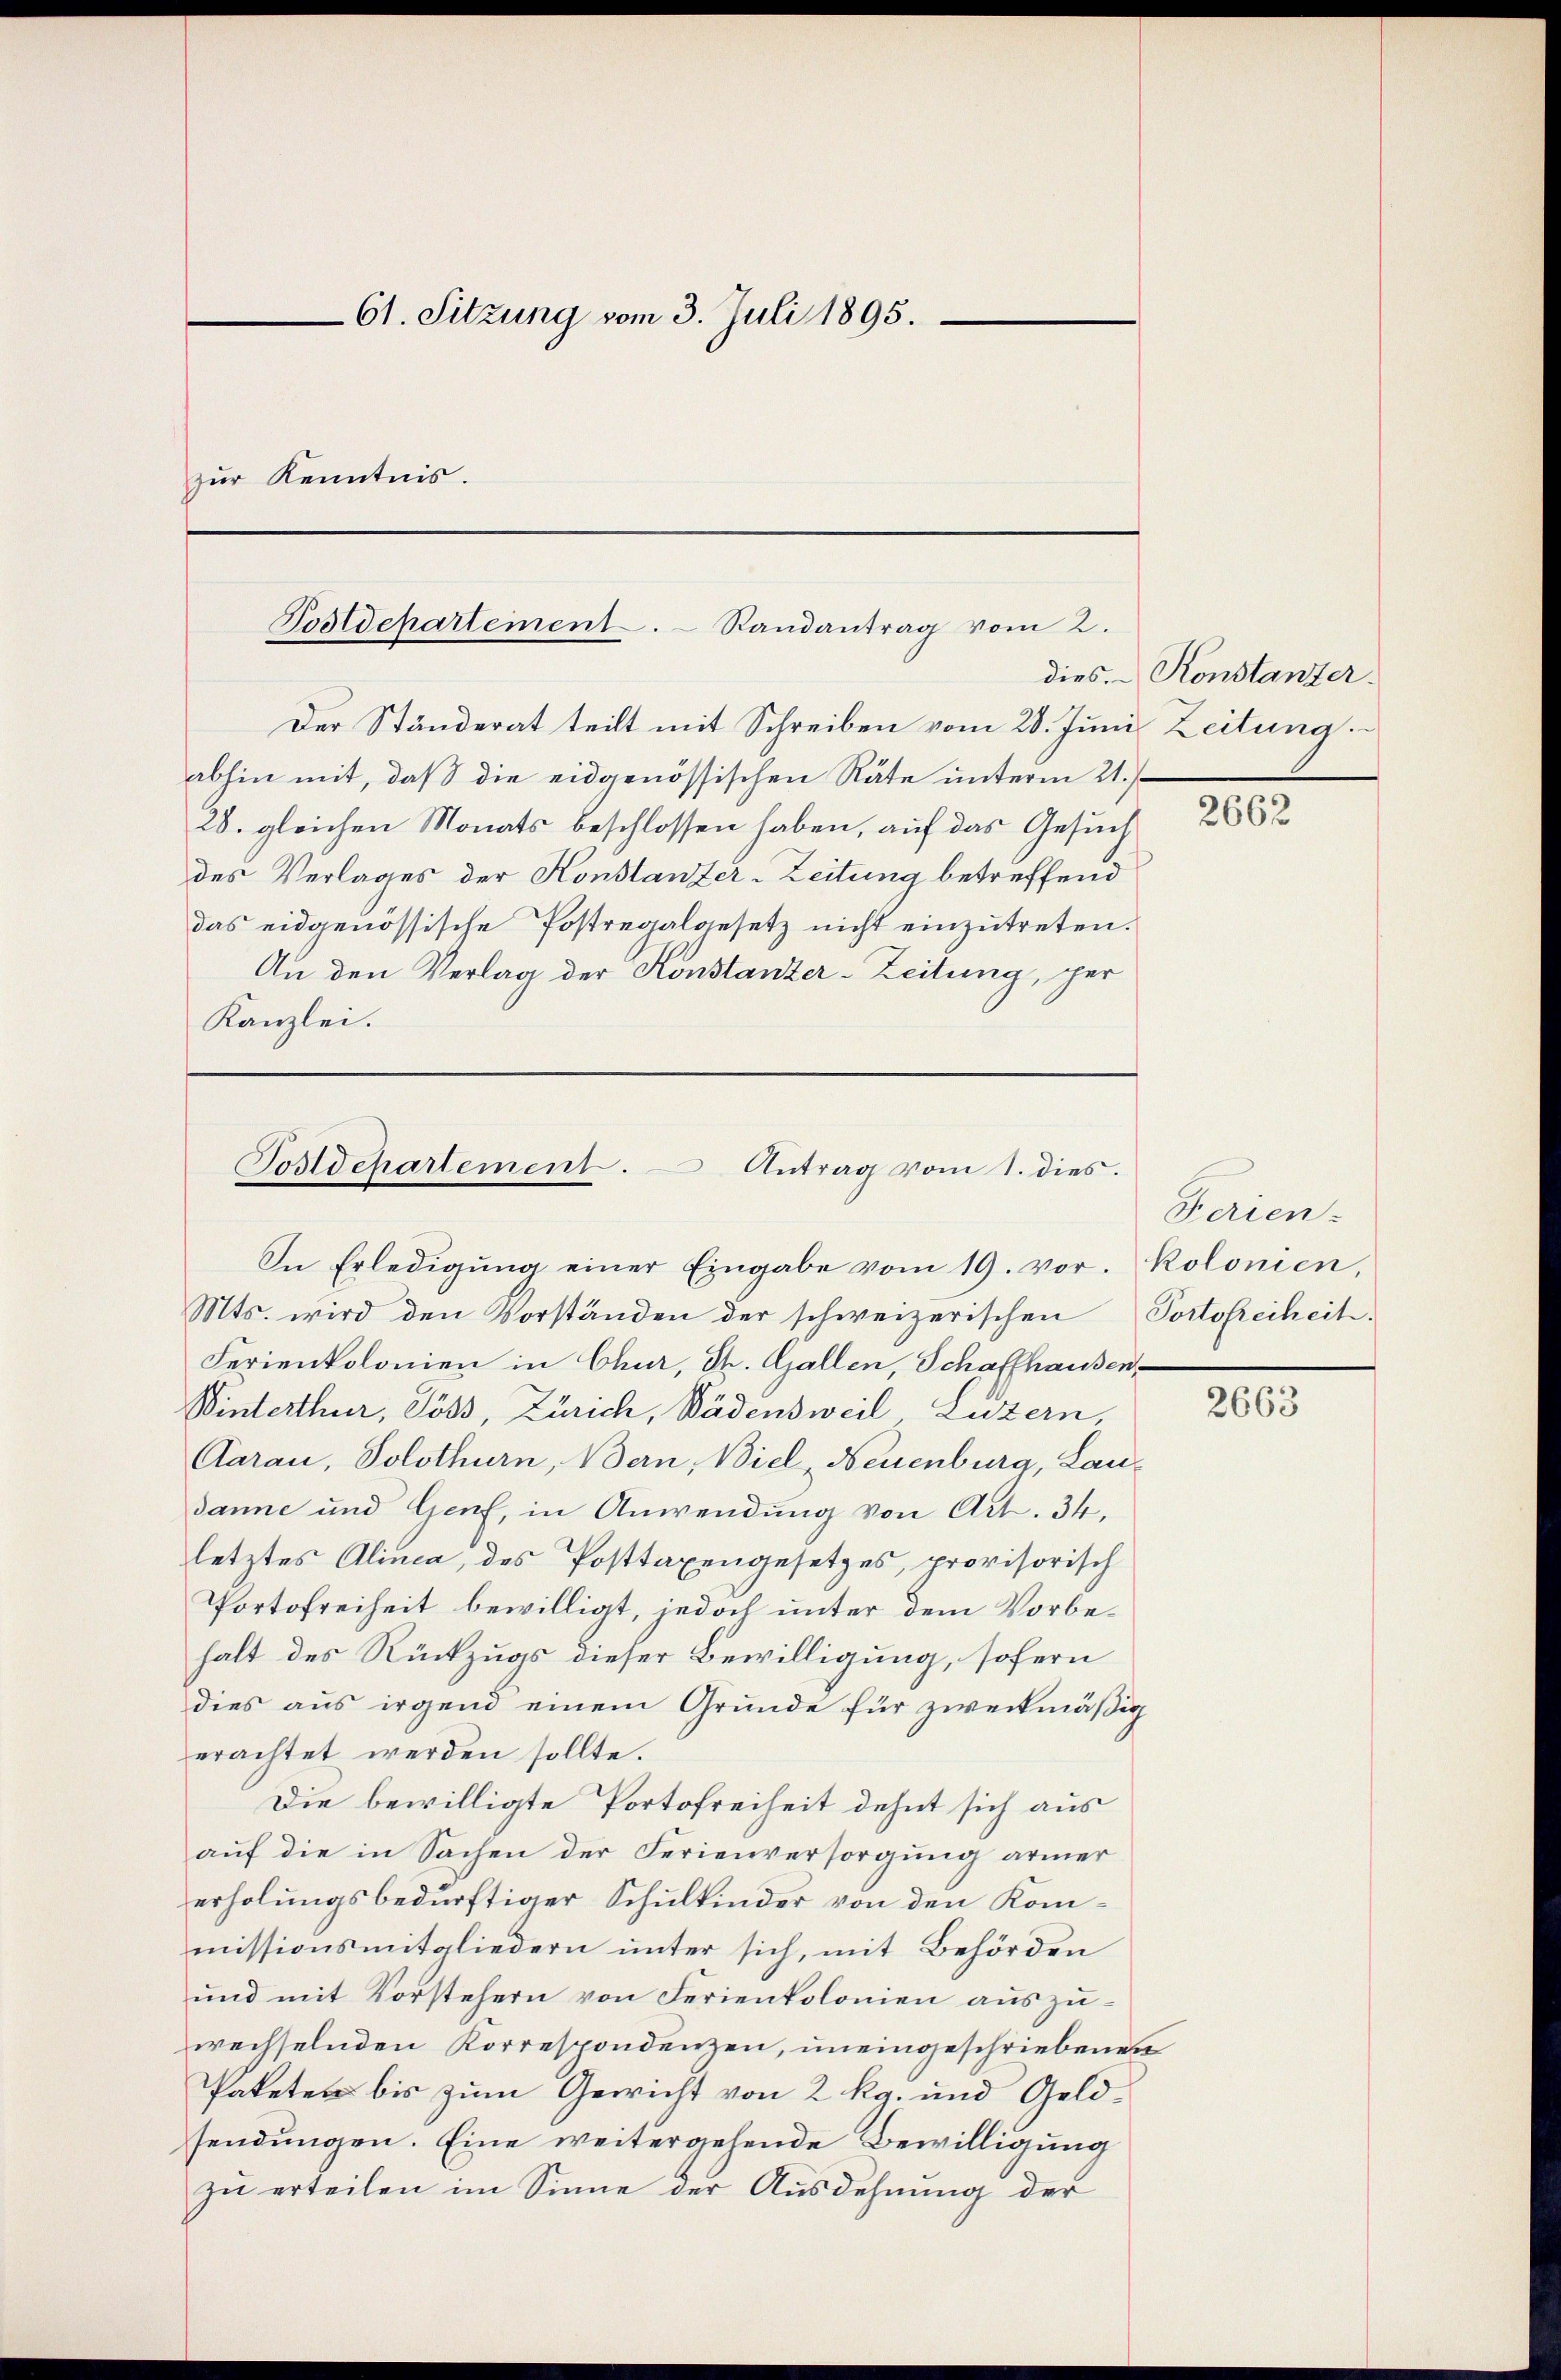
61. Sitzung vom 3. Juli 1895.
zur Kenntnis.

Postdepartement. Randantrag vom 2.

Postdepartement. Antrag vom 1. dies.
In Erledigung einer Eingabe vom 19. vor. Kolonien,

Der Ständerat teilt mit Schreiben vom 28. Juni Zeitung
abhin mit, daß die eidgenössischen Räte unterm 21./
28. gleichen Monats beschlossen haben, auf das Gesuch
des Verlages der Konstanzer-Zeitung betreffend
das eidgenössische Postregalgesetz nicht einzutreten.
An den Verlag der Konstanzer-Zeitung, per
Kanzlei.

dies. Konstanter.

Mts. wird den Vorständen der schweizerischen Portofreiheit.
Ferienkolonien in Chur, Dr. Gallen, Schaffhausen
Winterthur, Söss, Zürich, Wädensweil, Luzern,
Aarau, Solothurn, Bern, Biel, Neuenburg, Laudanne und Genf, in Anwendung von Art. 34.
letztes Alinca, des Posttaxengesetzes, provisorisch
Portofreiheit bewilligt, jedoch unter dem Vorbehalt des Rückzugs dieser Bewilligung, sofern
dies aus irgend einem Grunde für zweckmäßig
erachtet werden sollte.
Die bewilligte Portofreiheit dehnt sich aus
auf die in Sachen der Ferienversorgung armer
erholungsbedürftiger Schulkinder von den Kommissionsmitgliedern unter sich, mit Behörden
und mit Vorstehern von Ferienkolonien auszuwechselnden Korrespondenzen, uneingeschriebenen
Paketen bis zum Gericht von 2 Rg. und Geldsendungen. Eine weitergehende Bewilligung
zu erteilen im Sinne der Ausdehnung der

2662

Ferien-

2663